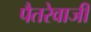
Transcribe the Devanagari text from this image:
पैतरेवाजी